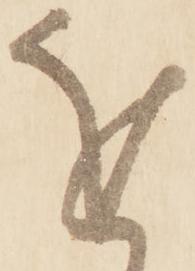
を